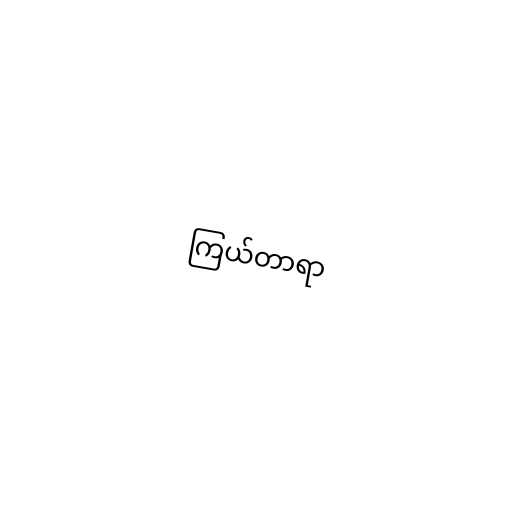
ကြယ်တာရာ